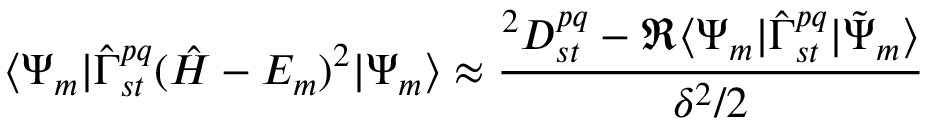
\langle \Psi _ { m } | { \hat { \Gamma } } _ { s t } ^ { p q } ( { \hat { H } } - E _ { m } ) ^ { 2 } | \Psi _ { m } \rangle \approx \frac { { } ^ { 2 } D _ { s t } ^ { p q } - \Re \langle \Psi _ { m } | { \hat { \Gamma } } _ { s t } ^ { p q } | \tilde { \Psi } _ { m } \rangle } { \delta ^ { 2 } / 2 }